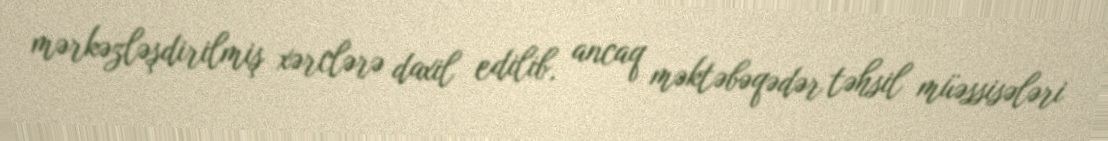
mərkəzləşdirilmiş xərclərə daxil edilib, ancaq məktəbəqədər təhsil müəssisələri